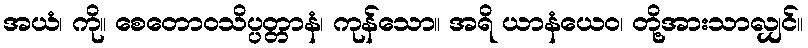
အယံ၊ ကို။ စေတောဝသိပ္ပတ္တာနံ၊ ကုန်သော။ အရိ ယာနံယေဝ၊ တို့အားသာလျှင်။